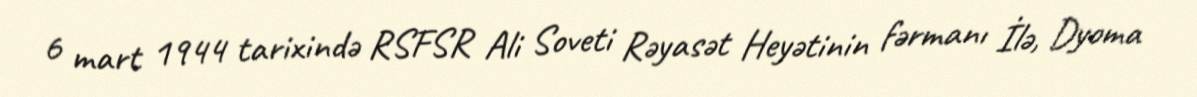
6 mart 1944 tarixində RSFSR Ali Soveti Rəyasət Heyətinin fərmanı İlə, Dyoma